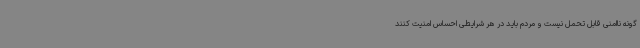
گونه ناامنی قابل تحمل نیست و مردم باید در هر شرایطی احساس امنیت کنند